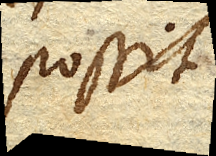
possit